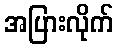
အပြားလိုက်